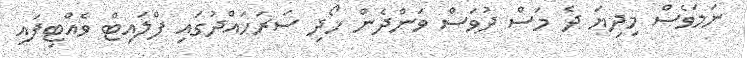
ނަމަވެސް މިދިޔަ ދެ މަސް ދުވަސް ވަންދެން ހޯދި ސަރަހައްދުގައި ފްލައިޓް ވެއްޓިފައި